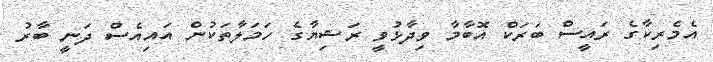
އެމެރިކާގެ ރައީސް ބަރަކް އޮބާމާ ވިދާޅުވީ ރަޝިޔާގެ ހަމަލާތަކުން އައިއެސް ދަނީ ބާރު